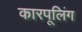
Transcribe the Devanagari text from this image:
कारपूलिंग